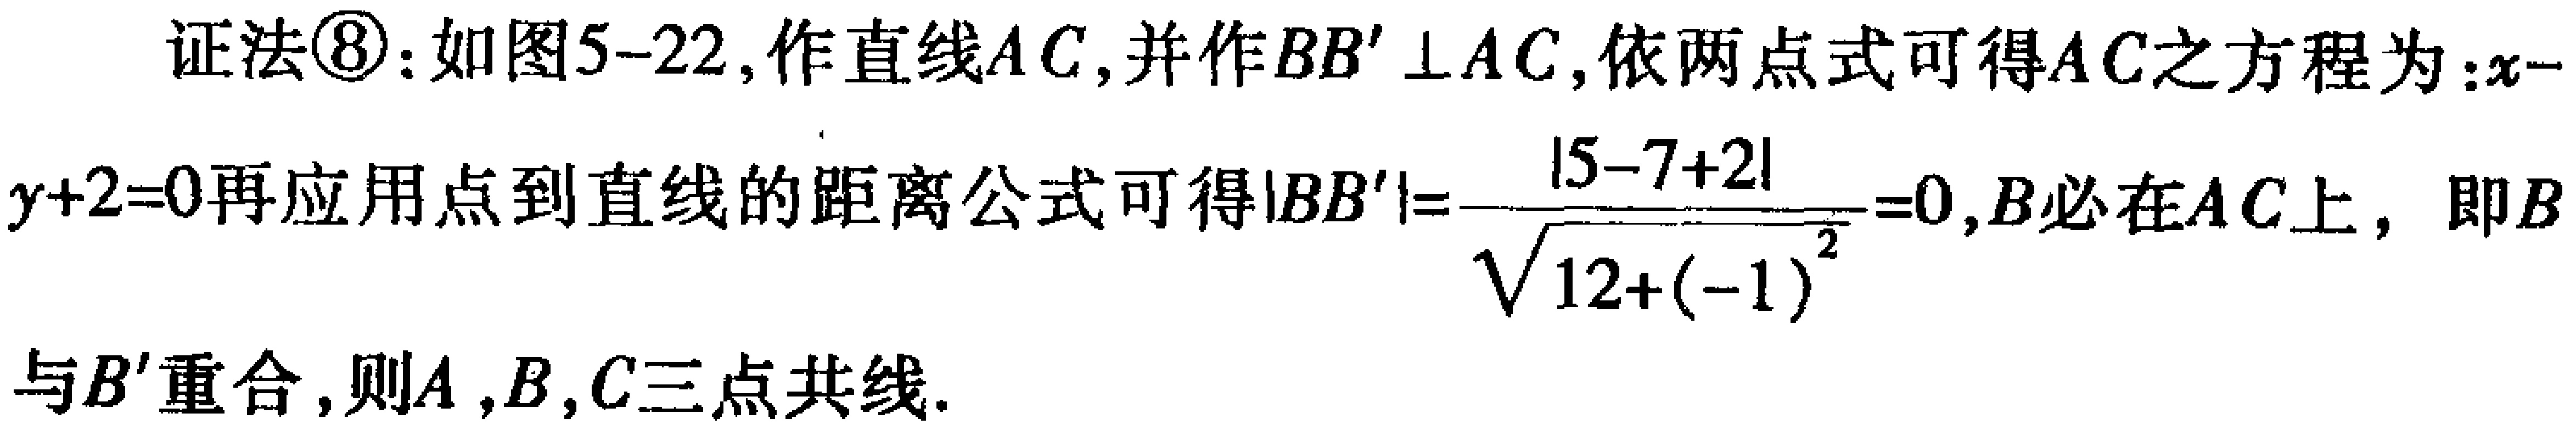
证法\textcircled{8}：如图5-22，作直线\(AC\)，并作\(BB'\perp AC\)，依两点式可得\(AC\)之方程为：\(x - y + 2 = 0\)再应用点到直线的距离公式可得\(\vert BB'\vert=\frac{\vert 5 - 7 + 2\vert}{\sqrt{12 + (-1)^2}} = 0\)，\(B\)必在\(AC\)上，即\(B\)与\(B'\)重合，则\(A,B,C\)三点共线.